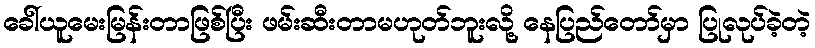
ခေါ်ယူမေးမြန်းတာဖြစ်ပြီး ဖမ်းဆီးတာမဟုတ်ဘူးလို့ နေပြည်တော်မှာ ပြုလုပ်ခဲ့တဲ့